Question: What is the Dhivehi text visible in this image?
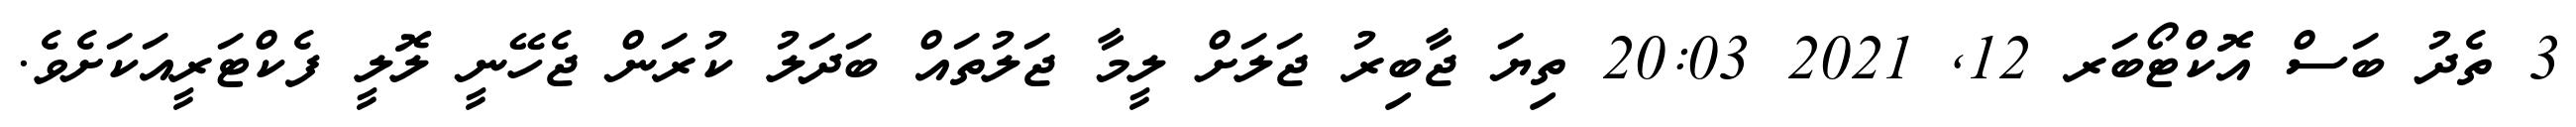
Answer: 3 ތެދު ބަސް އޮކްޓޯބަރ 12, 2021 20:03 ތިޔަ ޖާބިރު ޖަލަށް ލީމާ ޖަލުތައް ބަދަލު ކުރަން ޖެހޭނީ ލޮލީ ފެކްޓަރީއަކަށެވެ.